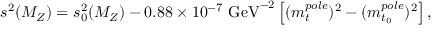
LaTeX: s ^ { 2 } ( M _ { Z } ) = s _ { 0 } ^ { 2 } ( M _ { Z } ) - 0 . 8 8 \times 1 0 ^ { - 7 } { \mathrm { ~ G e V } } ^ { - 2 } \left[ ( m _ { t } ^ { p o l e } ) ^ { 2 } - ( m _ { t _ { 0 } } ^ { p o l e } ) ^ { 2 } \right] ,